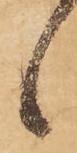
候